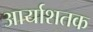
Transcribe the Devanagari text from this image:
आर्याशतक